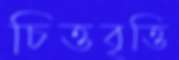
চিত্তবৃত্তি